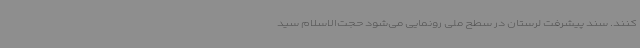
کنند. سند پیشرفت لرستان در سطح ملی رونمایی می‌شود حجت‌الاسلام سید